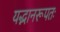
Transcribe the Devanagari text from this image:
यद्भानरूपतः